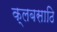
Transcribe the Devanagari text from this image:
क्लबसाठि